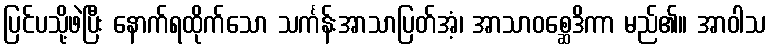
ပြင်ပသို့ဖဲပြီး နောက်ရထိုက်သော သင်္ကန်းအာသာပြတ်အံ့၊ အာသာဝစ္ဆေဒိကာ မည်၏။ အာဝါသ